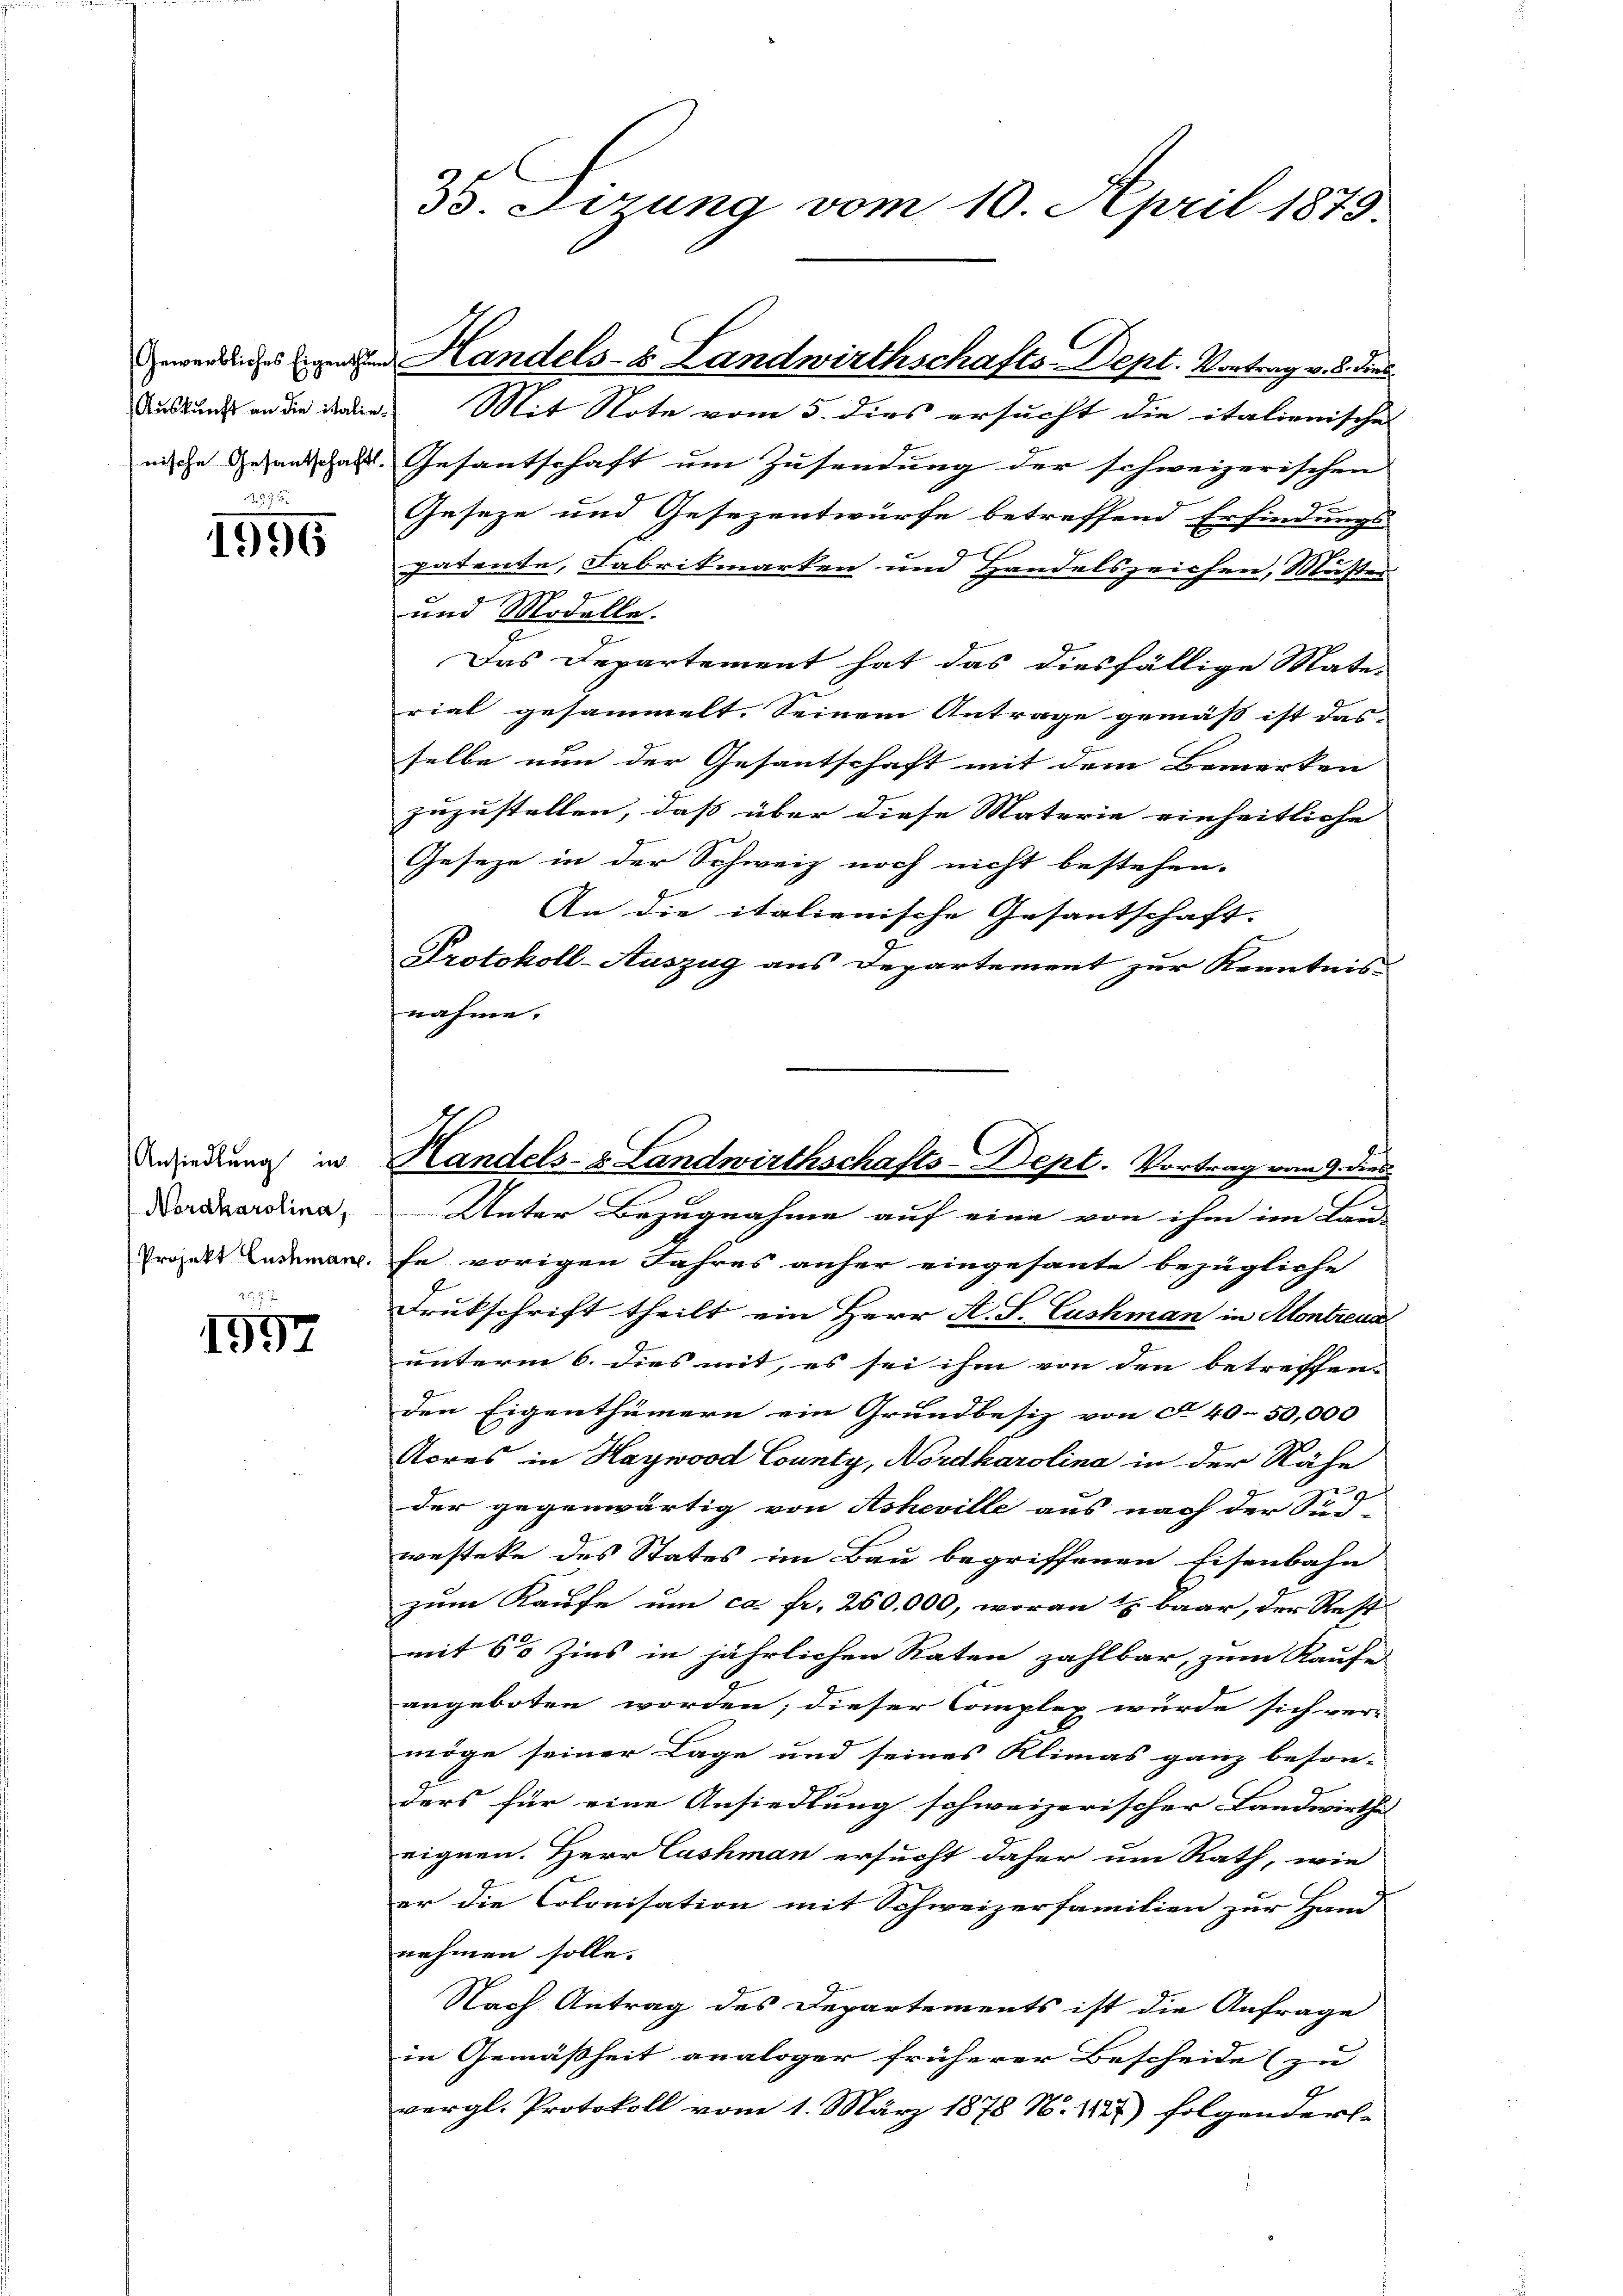
25

1996

Ansiedlung in
Nordharolina,
Projekt Euchmann.

1997

33. Firung vom 10. April 1879.

nwendines gehen Handels- Landwirthschafts-Dept. Vortrag v. 8. dies

Auskund an die die Mit Note vom 5. dies ersucht die italienisches
nische Gesandschafts-Gesantschaft um Zusendung der schweizerischen
Geseze und Gesezentwürfe betreffend Erfindungs
patente, Fabrikmarken und Handelszeichen, Muster
und Modelle.
Das Departement hat das diesfällige Mate-
rial gesammelt. Seinem Antrage gemäß ist das
selbe nun der Gesantschaft mit dem Bemerken
zuzustellen, daß über diese Materie einheitliche
Geseze in der Schweiz noch nicht bestehen.
An die italienische Gesantschaft- |
Protokoll-Auszug aus Departement zur Kenntnis
nahme.
Unter Bezugnahme auf eine von ihm im Lau-
fe vorigen Jahres anher eingesante bezügliche
Drukschrift theilt ein Herr A. S. Cushman in Montreux
unterm 6. dies mit, es sei ihm von den betreffen. |
den Eigenthümern ein Grundbesiz von § 40-50,000
Acres in Haywood County, Nordkarolina in der Nähe
der gegenwärtig von Asheville aus nach der Sud
westete des Status im Bau begriffenen Eisenbahn
zum Kaufe um ca Fr. 260,000, woran u. baar, der Rest-
mit 60 Zins in jährlichen Raten zahlbar, zum Kaufe
angeboten worden; dieser Complex würde sich ver-
möge seiner Lage und seines Klimas ganz beson-
ders für eine Ansiedlung schweizerischer Landwirthe
eignen. Herr Cashman ersucht daher um Rath, wie
er die Colonisation mit Schweizerfamilien zur Hand
nehmen solle.
Nach Antrag des Departements ist die Anfrage
in Gemäßheit analoger früherer Bescheide (zu
vergl. Protokoll vom 1. März 1878 N. 117) folgenders

Handels- & Landwirthschafts-Dept. Vortrag vom 9. dies